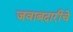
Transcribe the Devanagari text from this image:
जवाबदारीचे